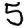
Digit: 5